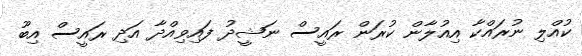
ކުއްލި ނުރައްކާ އިއުލާން ކުރަން ރަައީސް ނަޝީދު ފައިވިއްދާ އަދި ރައީސް އިބޫ